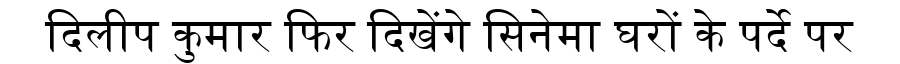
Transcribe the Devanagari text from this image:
दिलीप कुमार फिर दिखेंगे सिनेमा घरों के पर्दे पर